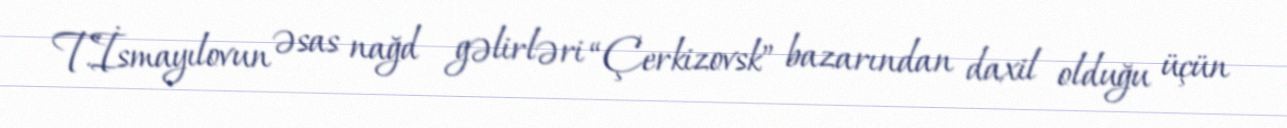
T.İsmayılovun əsas nağd gəlirləri “Çerkizovsk” bazarından daxil olduğu üçün